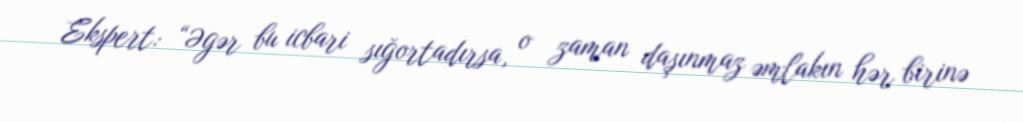
Ekspert: “Əgər bu icbari sığortadırsa, o zaman daşınmaz əmlakın hər birinə